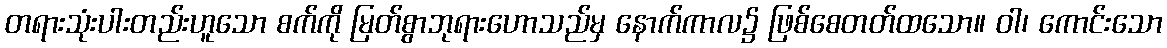
တရားသုံးပါးတည်းဟူသော စက်ကို မြတ်စွာဘုရားဟောသည်မှ နောက်ကာလ၌ ဖြစ်စေတတ်ထသော။ ဝါ၊ ကောင်းသော